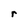
Character: r